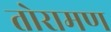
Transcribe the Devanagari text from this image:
तोरामण